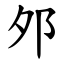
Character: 邜